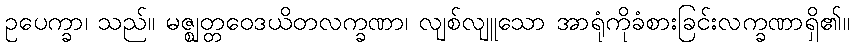
ဥပေက္ခာ၊ သည်။ မဇ္ဈတ္တဝေဒယိတလက္ခဏာ၊ လျစ်လျူသော အာရုံကိုခံစားခြင်းလက္ခဏာရှိ၏။